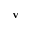
\mathbf { v }